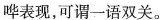
哗表现，可谓一语双关。